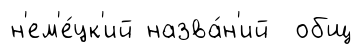
н'ем'е́цк'ий назва́н'ий общ